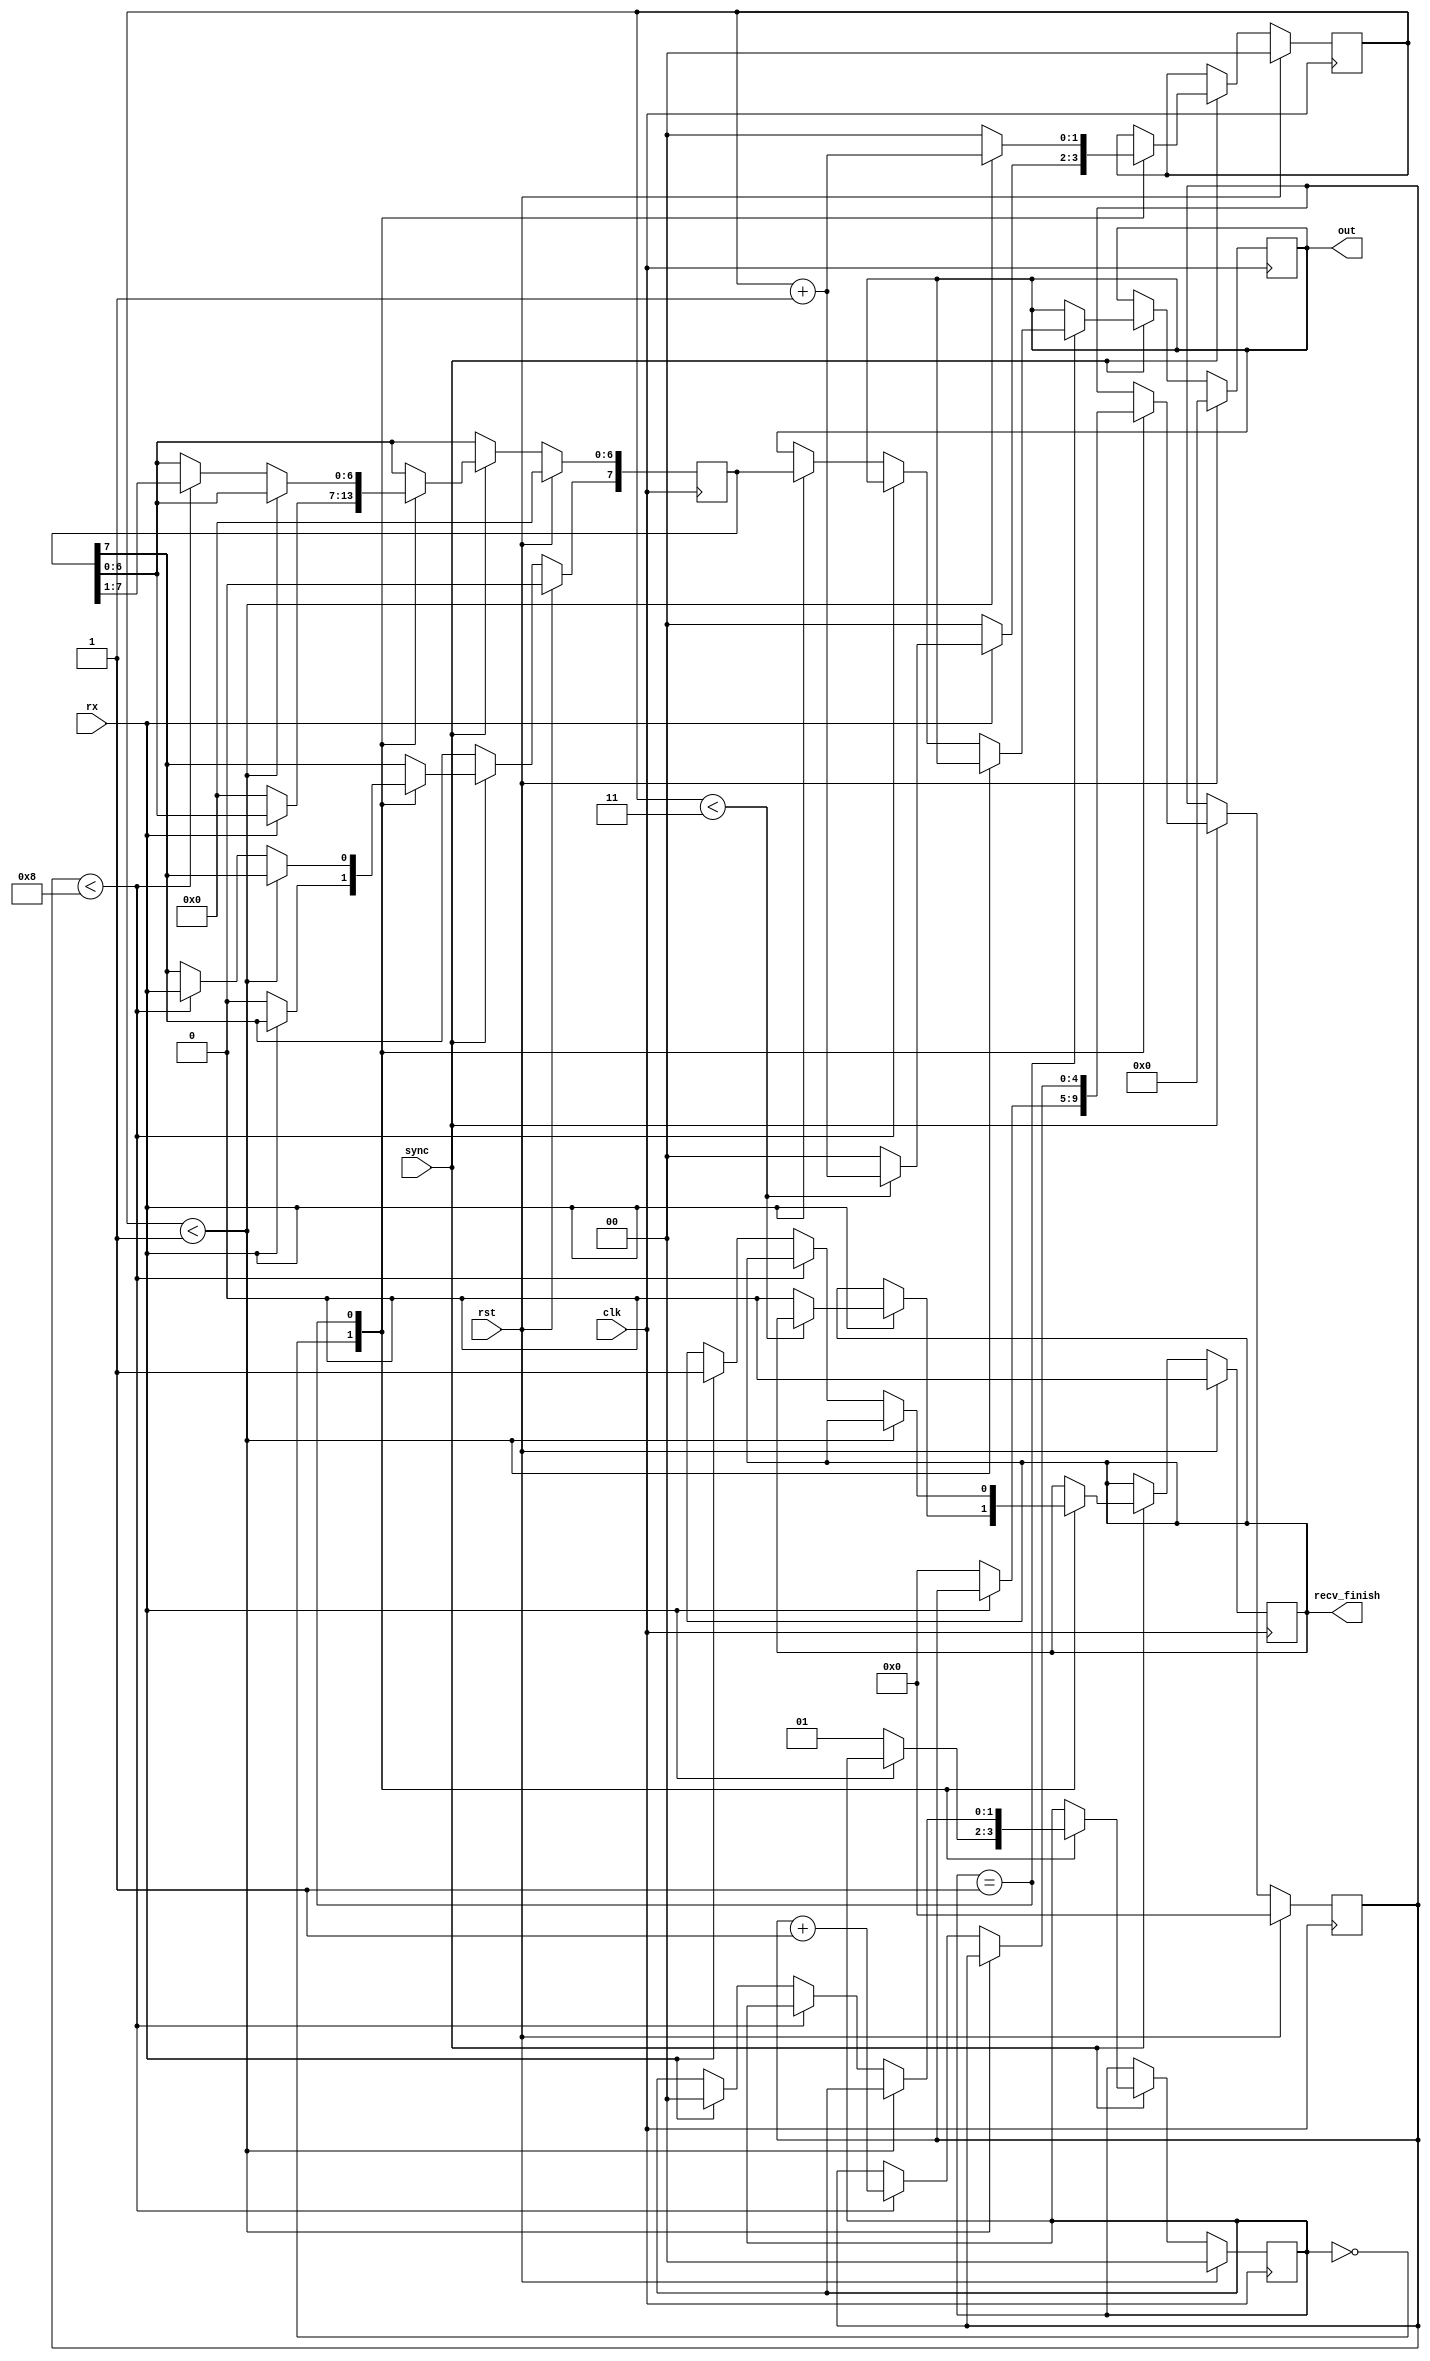
module uart_rx(input wire clk, input wire sync, input wire rst, input wire rx, output reg [7:0]out, output reg recv_finish);
parameter [1:0]STATE_IDLE	=2'b00;
parameter [1:0]STATE_RX_START	=2'b01;
parameter [1:0]STATE_RX_STOP	=2'b10;

reg [1:0]state;
reg [7:0]data;
reg [1:0]clk_count;
reg [4:0]bit_count;

always @(posedge clk)
begin
	if (rst)
	begin
		state <= STATE_IDLE;
		data <= 8'h00;
		out <= 8'h00;
		recv_finish <= 0;
		clk_count <= 0;
		bit_count <= 0;
	end
	else
	begin
	if (sync == 1)
	begin
		case (state)
		STATE_IDLE:
		begin
			if (rx == 0)
			begin
				clk_count <= 0;
				data <= 0;
				bit_count <= 0;
				state <= STATE_RX_START;
			end
			else
			begin
				if (clk_count < 2'b11)
					clk_count <= clk_count + 2'b01;
				else
				begin
					clk_count <= 2'b00;
					recv_finish <= 0;
				end
			 end
		end
		STATE_RX_START:
		begin
			if (clk_count < 2'b01)
				clk_count <= clk_count + 2'b01;
			else
			begin
				clk_count <= 2'b00;
				if (bit_count < 4'h8)
				begin
					data <= data>>1;
					data[7] <= rx;
					bit_count <= bit_count + 4'h1;
				end
				else
					if (rx == 1)
					begin
						out <= data;
						recv_finish <= 1;
						state <= STATE_IDLE;
					end
		    end
		end
		endcase
	end
	end
end

endmodule